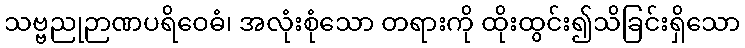
သဗ္ဗညုဉာဏပရိဝေဓံ၊ အလုံးစုံသော တရားကို ထိုးထွင်း၍သိခြင်းရှိသော